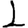
Digit: 1